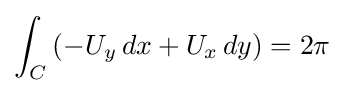
\int _{C}\left(-U_{y}\,dx+U_{x}\,dy\right)=2\pi